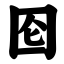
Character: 囵